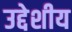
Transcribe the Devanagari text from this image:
उद्देशीय